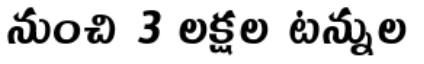
నుంచి 3 లక్షల టన్నుల